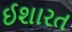
ઈશારત